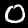
Digit: 0